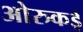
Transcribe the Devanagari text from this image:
ओरुकई